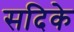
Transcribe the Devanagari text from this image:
सदिके